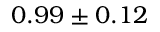
0 . 9 9 \pm 0 . 1 2